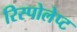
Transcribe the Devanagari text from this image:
रिस्पोलेप्ट